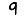
Digit: 9